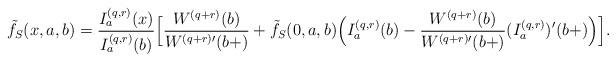
LaTeX: \begin{align*}&\tilde{f}_S(x,a,b) = \frac {I_a^{(q,r)}(x)} {I_a^{(q,r)}(b)} \Big[ \frac {W^{(q+r)}(b)} {W^{(q+r)\prime}(b+)} + \tilde{f}_S(0,a,b) \Big( I_a^{(q,r)}(b) - \frac{W^{(q+r)}(b)}{W^{(q+r) \prime}(b+) } (I_a^{(q,r)})'(b+) \Big) \Big].\end{align*}